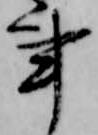
事